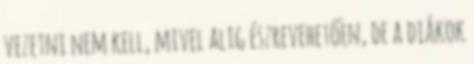
vezetni nem kell, mivel alig észrevehetően, de a diákok